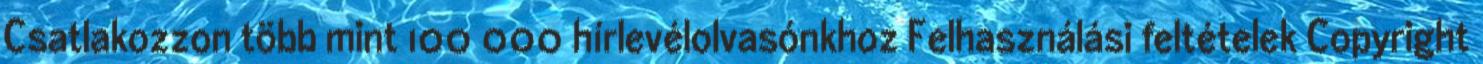
Csatlakozzon több mint 100 000 hírlevélolvasónkhoz Felhasználási feltételek Copyright